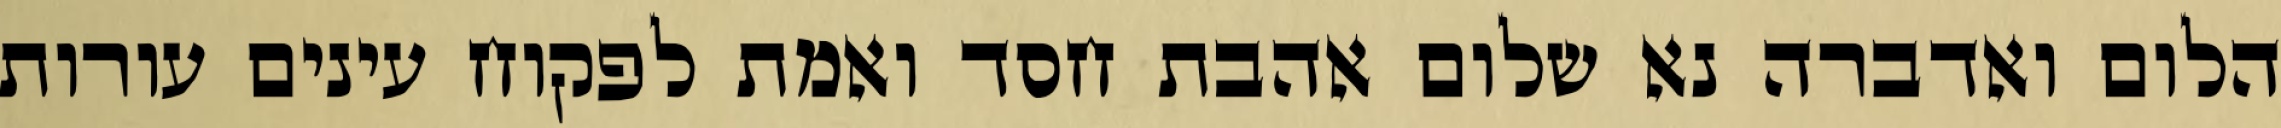
הלום ואדברה נא שלום אהבת חסד ואמת לפקוח עינים עורות